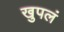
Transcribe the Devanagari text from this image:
खुपलं